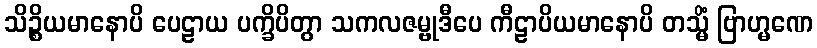
သိဉ္စိယမာနောပိ ပေဠာယ ပက္ခိပိတွာ သကလဇမ္ဗုဒီပေ ကီဠာပိယမာနောပိ တသ္မိံ ဗြာဟ္မဏေ